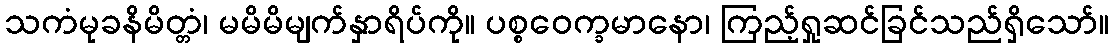
သကံမုခနိမိတ္တံ၊ မမိမိမျက်နှာရိပ်ကို။ ပစ္စဝေက္ခမာနော၊ ကြည့်ရှုဆင်ခြင်သည်ရှိသော်။